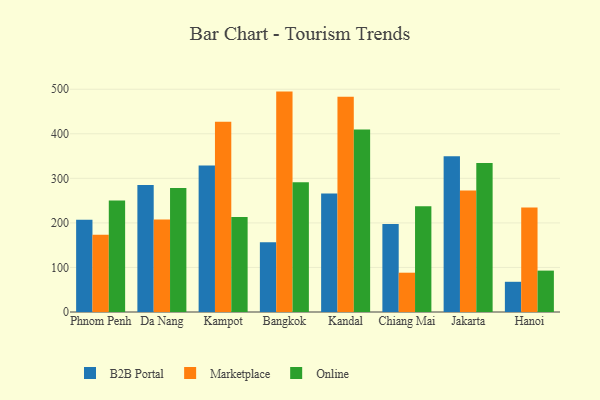
{"axis": {"x": "City", "y": "Churn Rate (%)"}, "legend": ["B2B Portal", "Marketplace", "Online"], "data": [{"x": "Phnom Penh", "y": 207.0, "type": "B2B Portal"}, {"x": "Phnom Penh", "y": 173.4, "type": "Marketplace"}, {"x": "Phnom Penh", "y": 250.4, "type": "Online"}, {"x": "Da Nang", "y": 285.0, "type": "B2B Portal"}, {"x": "Da Nang", "y": 207.8, "type": "Marketplace"}, {"x": "Da Nang", "y": 278.4, "type": "Online"}, {"x": "Kampot", "y": 328.9, "type": "B2B Portal"}, {"x": "Kampot", "y": 427.3, "type": "Marketplace"}, {"x": "Kampot", "y": 213.1, "type": "Online"}, {"x": "Bangkok", "y": 156.3, "type": "B2B Portal"}, {"x": "Bangkok", "y": 494.7, "type": "Marketplace"}, {"x": "Bangkok", "y": 291.0, "type": "Online"}, {"x": "Kandal", "y": 266.1, "type": "B2B Portal"}, {"x": "Kandal", "y": 482.9, "type": "Marketplace"}, {"x": "Kandal", "y": 409.7, "type": "Online"}, {"x": "Chiang Mai", "y": 197.3, "type": "B2B Portal"}, {"x": "Chiang Mai", "y": 88.2, "type": "Marketplace"}, {"x": "Chiang Mai", "y": 237.1, "type": "Online"}, {"x": "Jakarta", "y": 349.4, "type": "B2B Portal"}, {"x": "Jakarta", "y": 272.6, "type": "Marketplace"}, {"x": "Jakarta", "y": 334.2, "type": "Online"}, {"x": "Hanoi", "y": 67.8, "type": "B2B Portal"}, {"x": "Hanoi", "y": 234.4, "type": "Marketplace"}, {"x": "Hanoi", "y": 92.9, "type": "Online"}]}